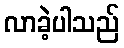
လာခဲ့ပါသည်